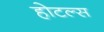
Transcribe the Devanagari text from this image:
होटल्‍स